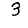
Digit: 3